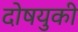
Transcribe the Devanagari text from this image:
दोषयुकी